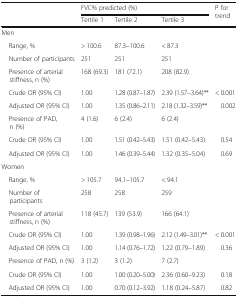
| <ROWSPAN=2>  | <COLSPAN=3> FVC% predicted (%) | <ROWSPAN=2> P for trend |
 | Tertile 1 | Tertile 2 | Tertile 3 |
 | --- | --- | --- | --- | --- |
 | <COLSPAN=5> Men |
 | Range, % | > 100.6 | 87.3–100.6 | < 87.3 |  |
 | Number of participants | 251 | 251 | 251 |  |
 | Presence of arterial stiffness, n (%) | 168 (69.3) | 181 (72.1) | 208 (82.9) |  |
 | Crude OR (95% CI) | 1.00 | 1.28 (0.87–1.87) | 2.39 (1.57–3.64)** | < 0.001 |
 | Adjusted OR (95% CI) | 1.00 | 1.35 (0.86–2.11) | 2.18 (1.32–3.59)** | 0.002 |
 | Presence of PAD, n (%) | 4 (1.6) | 6 (2.4) | 6 (2.4) |  |
 | Crude OR (95% CI) | 1.00 | 1.51 (0.42–5.43) | 1.51 (0.42–5.43) | 0.54 |
 | Adjusted OR (95% CI) | 1.00 | 1.46 (0.39–5.44) | 1.32 (0.35–5.04) | 0.69 |
 | <COLSPAN=5> Women |
 | Range, % | > 105.7 | 94.1–105.7 | < 94.1 |  |
 | Number of participants | 258 | 258 | 259 |  |
 | Presence of arterial stiffness, n (%) | 118 (45.7) | 139 (53.9) | 166 (64.1) |  |
 | Crude OR (95% CI) | 1.00 | 1.39 (0.98–1.96) | 2.12 (1.49–3.01)** | < 0.001 |
 | Adjusted OR (95% CI) | 1.00 | 1.14 (0.76–1.72) | 1.22 (0.79–1.89) | 0.36 |
 | Presence of PAD, n (%) | 3 (1.2) | 3 (1.2) | 7 (2.7) |  |
 | Crude OR (95% CI) | 1.00 | 1.00 (0.20–5.00) | 2.36 (0.60–9.23) | 0.18 |
 | Adjusted OR (95% CI) | 1.00 | 0.70 (0.12–3.92) | 1.18 (0.24–5.87) | 0.82 |